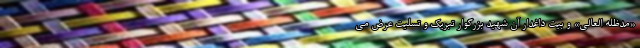
«مدظله العالی» و بیت داغدار آن شهید بزرگوار تبریک و تسلیت عرض می